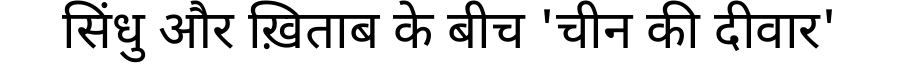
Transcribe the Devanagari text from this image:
सिंधु और ख़िताब के बीच 'चीन की दीवार'